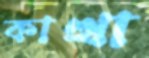
কাত্থা